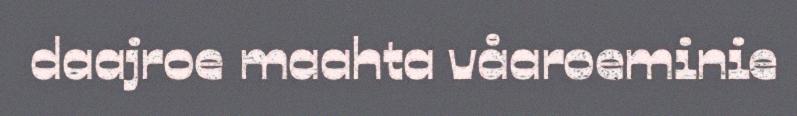
daajroe maahta våaroeminie